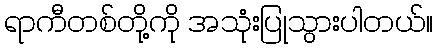
ရာကီတစ်တို့ကို အသုံးပြုသွားပါတယ်။